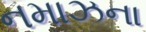
નમાઝના